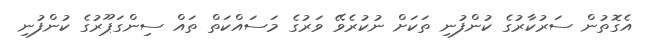
އެގޮތުން ސަރުކާރުގެ ކުންފުނި ތަކަށް ނުކުރެވޭ ވަރުގެ މަސައްކަތް ތައް ސިންގަޕޫރުގެ ކުންފުނި